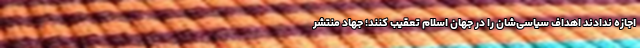
اجازه ندادند اهداف سیاسی‌شان را در جهان اسلام تعقیب کنند؛ جهاد منتشر